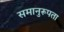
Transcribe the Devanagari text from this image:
समानुरूपता